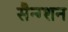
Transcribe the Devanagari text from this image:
सैन्ग्शन